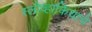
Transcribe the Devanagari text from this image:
स्लोव्हाकियाचे